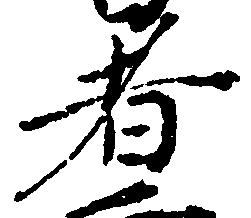
者